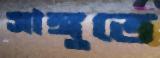
সাঙ্গুতে